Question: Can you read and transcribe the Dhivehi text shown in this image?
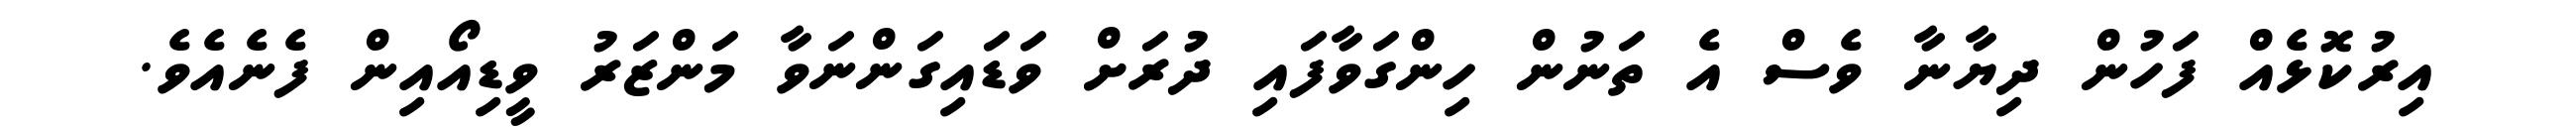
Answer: އިރުކޮޅެއް ފަހުން ދިޔާނާ ވެސް އެ ތަނުން ހިންގަވާފައި ދުރަށް ވަޑައިގަންނަވާ މަންޒަރު ވީޑިއޯއިން ފެނެއެވެ.